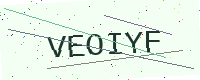
Text: VEOIYF